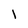
Character: l